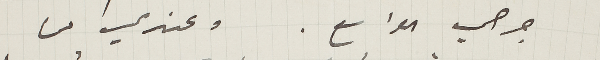
جرحي الواسع. وعندي من